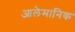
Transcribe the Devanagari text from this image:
आलेमानिक